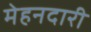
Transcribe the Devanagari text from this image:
मेहनदारी